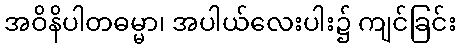
အဝိနိပါတဓမ္မာ၊ အပါယ်လေးပါး၌ ကျင်ခြင်း